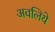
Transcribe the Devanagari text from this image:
अवलिये